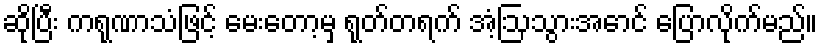
ဆိုပြီး ကရုဏာသံဖြင့် မေးတော့မှ ရုတ်တရက် အံ့ဩသွားအောင် ပြောလိုက်မည်။